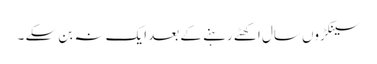
سینکڑوں سال اکھٹے رہنے کے بعد ایک نہ بن سکے ۔